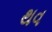
થવ